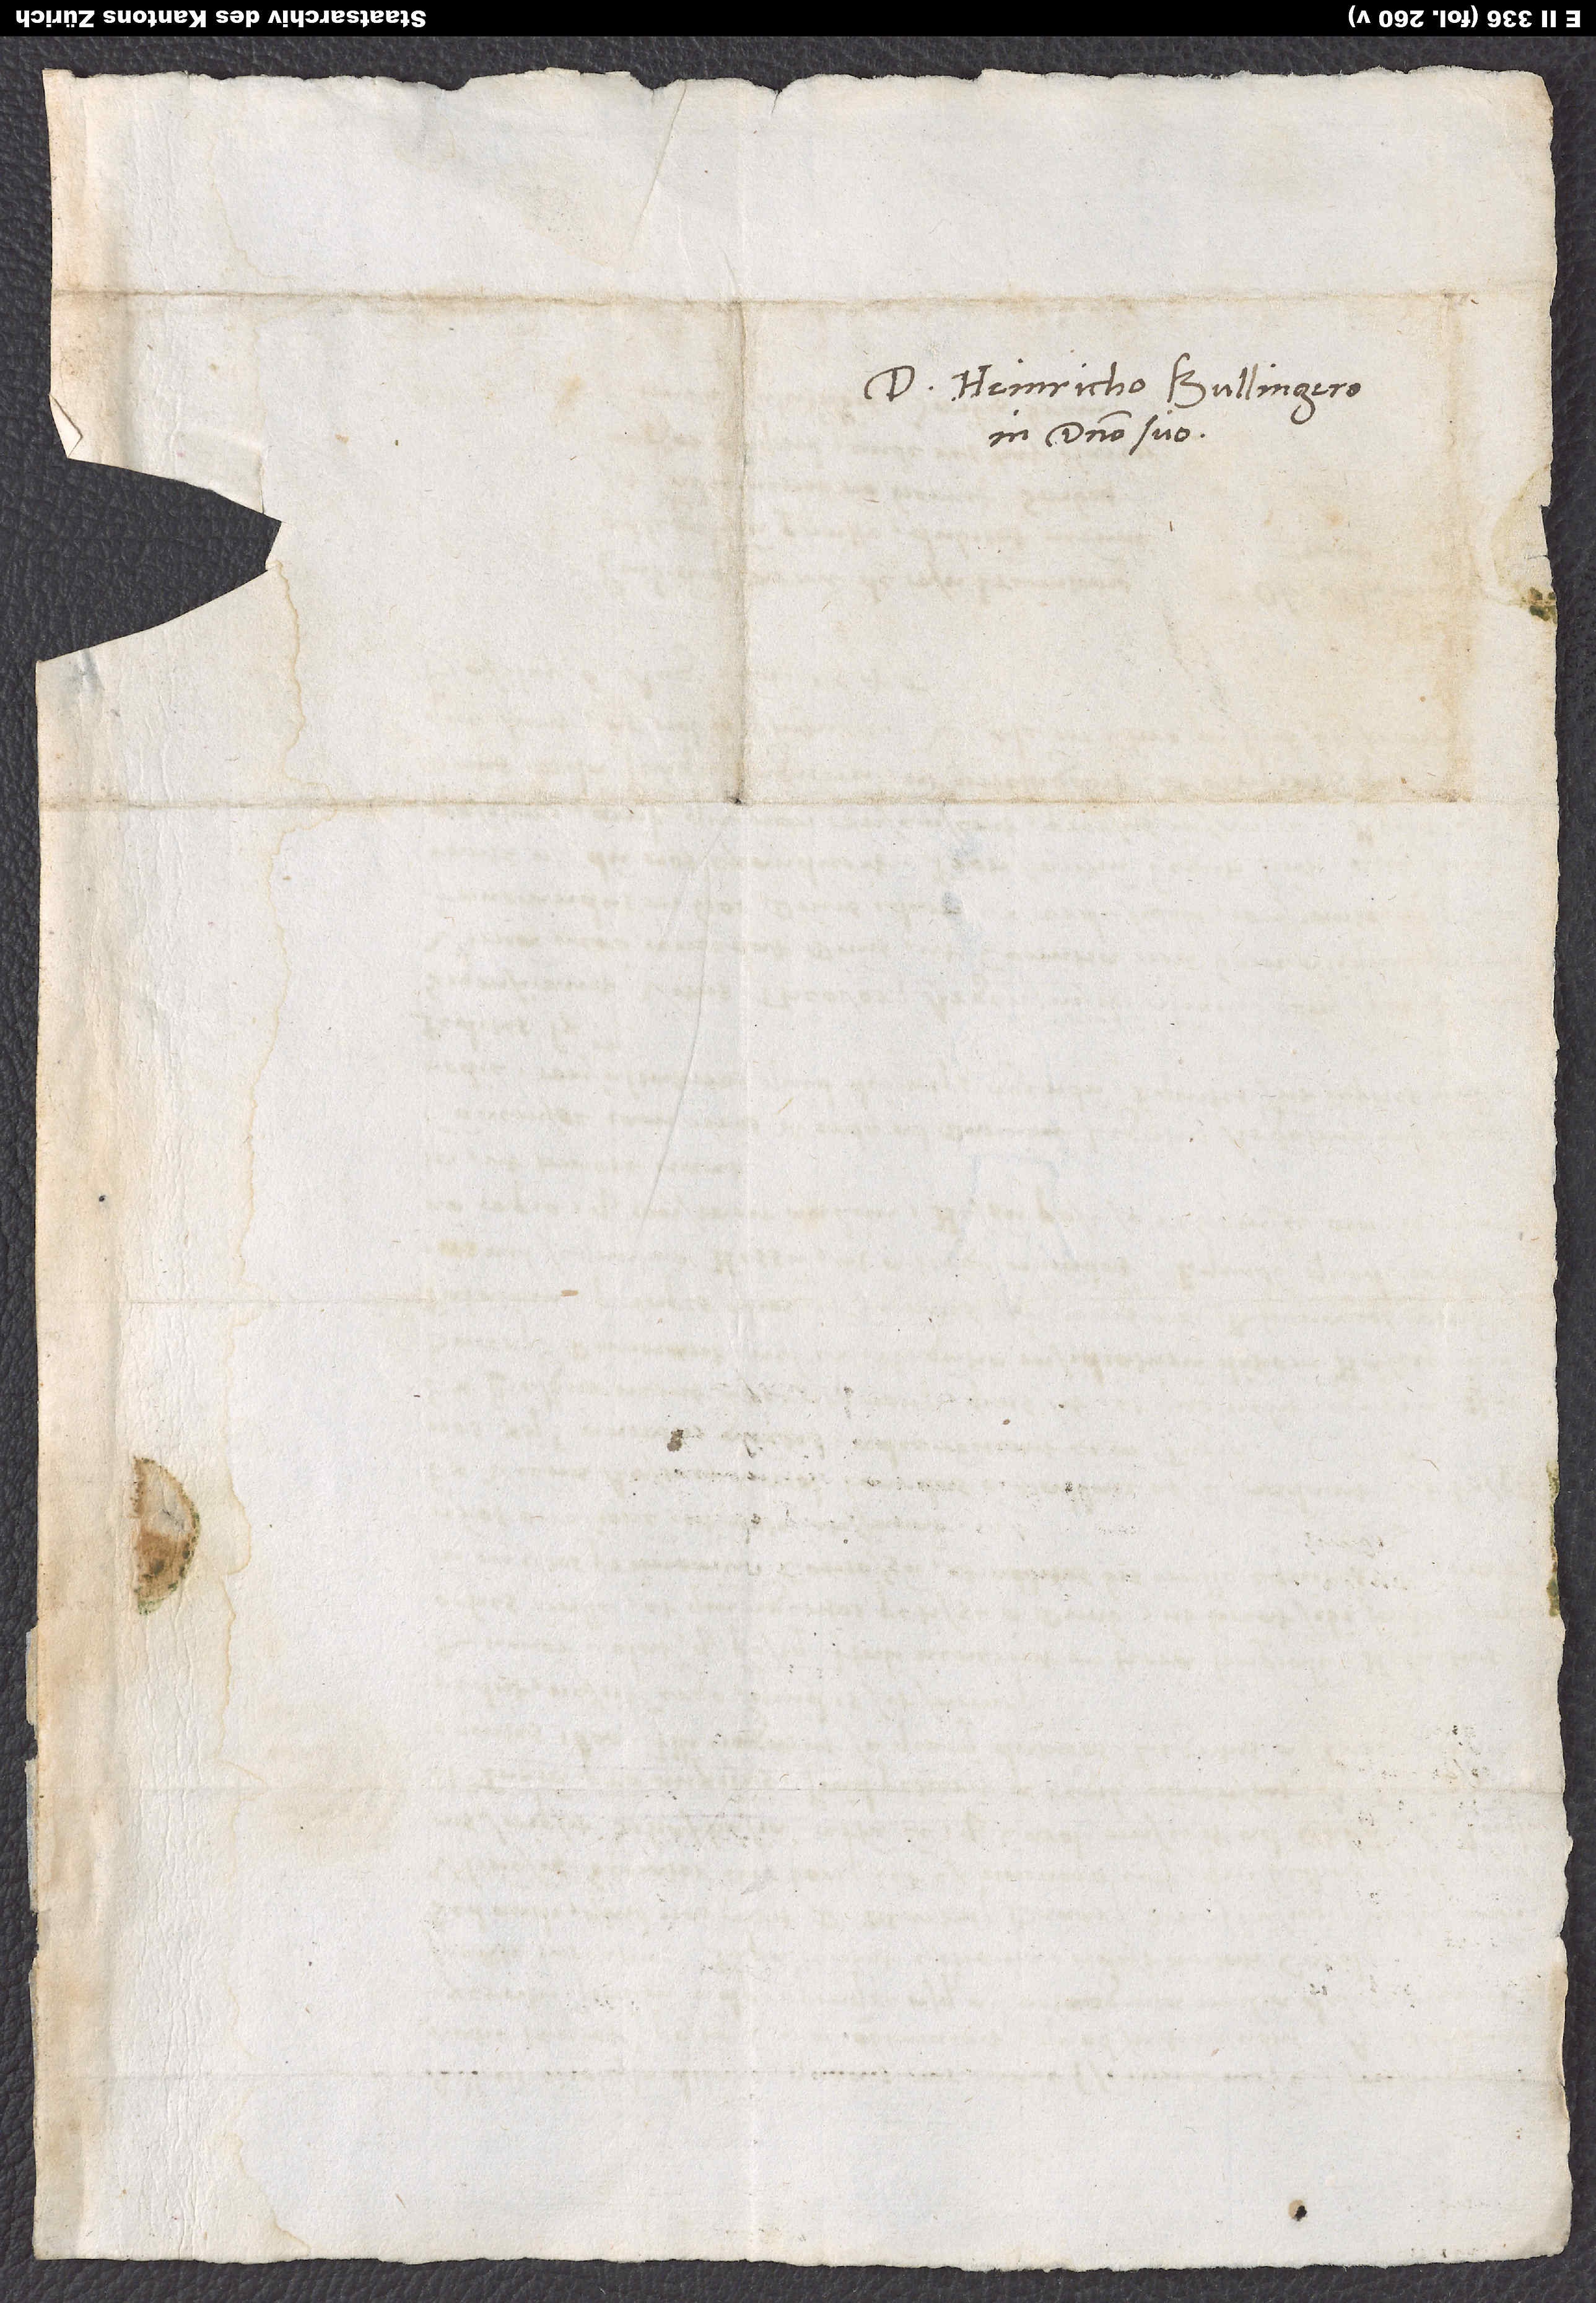
D. Heinricho Bullingero,
in domino suo.